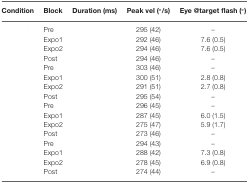
<table><thead><tr><td><b>Condition</b></td><td><b>Block</b></td><td><b>Duration (ms)</b></td><td><b>Peak vel (°/s)</b></td><td><b>Eye @target flash (°)</b></td></tr></thead><tbody><tr><td>[EMPTY_CELL]</td><td>Pre</td><td>[EMPTY_CELL]</td><td>295 (42)</td><td>–</td></tr><tr><td>[EMPTY_CELL]</td><td>Expo1</td><td>[EMPTY_CELL]</td><td>292 (46)</td><td>7.6 (0.5)</td></tr><tr><td>[EMPTY_CELL]</td><td>Expo2</td><td>[EMPTY_CELL]</td><td>294 (46)</td><td>7.6 (0.5)</td></tr><tr><td>[EMPTY_CELL]</td><td>Post</td><td>[EMPTY_CELL]</td><td>294 (46)</td><td>–</td></tr><tr><td>[EMPTY_CELL]</td><td>Pre</td><td>[EMPTY_CELL]</td><td>303 (46)</td><td>–</td></tr><tr><td>[EMPTY_CELL]</td><td>Expo1</td><td>[EMPTY_CELL]</td><td>300 (51)</td><td>2.8 (0.8)</td></tr><tr><td>[EMPTY_CELL]</td><td>Expo2</td><td>[EMPTY_CELL]</td><td>291 (51)</td><td>2.7 (0.8)</td></tr><tr><td>[EMPTY_CELL]</td><td>Post</td><td>[EMPTY_CELL]</td><td>295 (54)</td><td>–</td></tr><tr><td>[EMPTY_CELL]</td><td>Pre</td><td>[EMPTY_CELL]</td><td>296 (45)</td><td>–</td></tr><tr><td>[EMPTY_CELL]</td><td>Expo1</td><td>[EMPTY_CELL]</td><td>287 (45)</td><td>6.0 (1.5)</td></tr><tr><td>[EMPTY_CELL]</td><td>Expo2</td><td>[EMPTY_CELL]</td><td>275 (47)</td><td>5.9 (1.7)</td></tr><tr><td>[EMPTY_CELL]</td><td>Post</td><td>[EMPTY_CELL]</td><td>273 (46)</td><td>–</td></tr><tr><td>[EMPTY_CELL]</td><td>Pre</td><td>[EMPTY_CELL]</td><td>294 (43)</td><td>–</td></tr><tr><td>[EMPTY_CELL]</td><td>Expo1</td><td>[EMPTY_CELL]</td><td>288 (42)</td><td>7.3 (0.8)</td></tr><tr><td>[EMPTY_CELL]</td><td>Expo2</td><td>[EMPTY_CELL]</td><td>278 (45)</td><td>6.9 (0.8)</td></tr><tr><td>[EMPTY_CELL]</td><td>Post</td><td>[EMPTY_CELL]</td><td>274 (44)</td><td>–</td></tr></tbody></table>